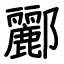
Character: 酈